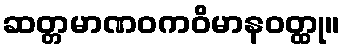
ဆတ္တမာဏဝကဝိမာနဝတ္ထု။